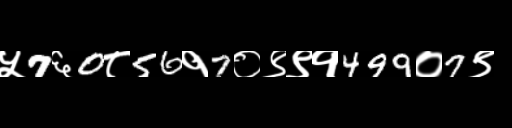
Text: ५7६0८56१7०९९१499०7९